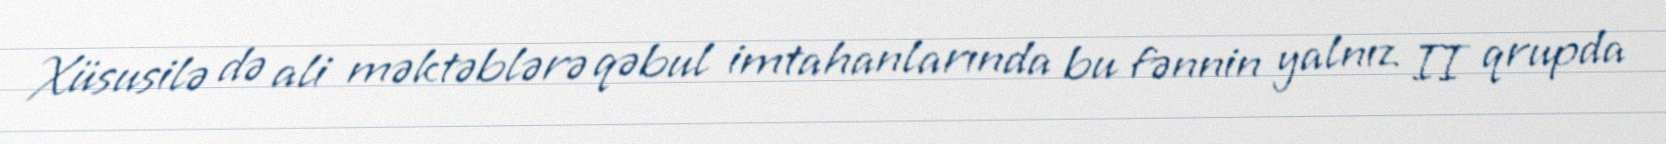
Xüsusilə də ali məktəblərə qəbul imtahanlarında bu fənnin yalnız II qrupda